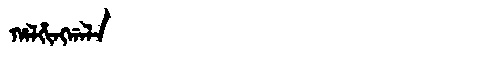
Manchu: ᡥᠠᠯᡥᡳᠩᡤᠠᠯᠠ
Romanization: HALHINGGALA